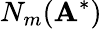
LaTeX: N_{m}(\mathbf A^{*})